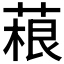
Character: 𦶠